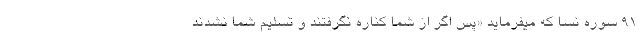
۹۱ سوره نسا که میفرماید «پس اگر از شما کناره نگرفتند و تسلیم شما نشدند